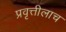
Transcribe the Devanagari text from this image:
प्रवृत्तीलाच